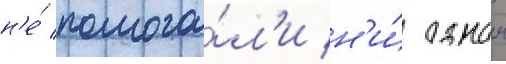
н'е́ помога́л'и н'и́ однои